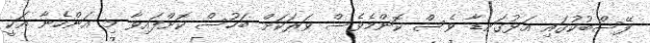
ފޭސްބުކުގައި އަޅުގަނޑާ ވެސް ކޮންމެވެސް ވަރަކަށް ބަހުސް ކޮށްފައިވާ މި އަންހެނާ އަކީ